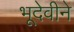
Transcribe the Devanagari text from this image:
भूदेवीने